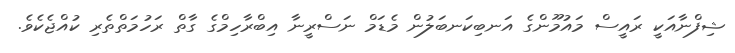
ޝިފްނާއަކީ ރައީސް މައުމޫންގެ އަނބިކަނބަލުން މެޑަމް ނަސްރީނާ އިބްރާހިމްގެ ގާތް ރަހުމަތްތެރި ކުއްޖެކެވެ.